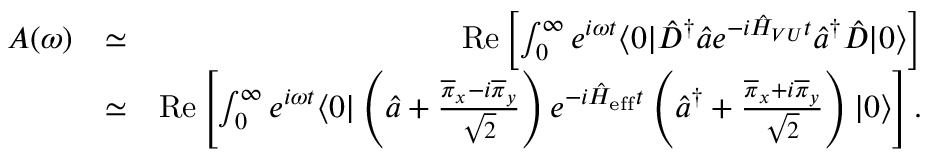
\begin{array} { r l r } { A ( \omega ) } & { \simeq } & { \mathrm { R e } \left[ \int _ { 0 } ^ { \infty } e ^ { i \omega t } \langle 0 | \hat { D } ^ { \dagger } \hat { a } e ^ { - i \hat { H } _ { V U } t } \hat { a } ^ { \dagger } \hat { D } | 0 \rangle \right] } \\ & { \simeq } & { \mathrm { R e } \left[ \int _ { 0 } ^ { \infty } e ^ { i \omega t } \langle 0 | \left( \hat { a } + \frac { \overline { { \pi } } _ { x } - i \overline { { \pi } } _ { y } } { \sqrt { 2 } } \right) e ^ { - i \hat { H } _ { \mathrm { e f f } } t } \left( \hat { a } ^ { \dagger } + \frac { \overline { { \pi } } _ { x } + i \overline { { \pi } } _ { y } } { \sqrt { 2 } } \right) | 0 \rangle \right] . } \end{array}